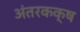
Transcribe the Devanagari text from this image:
अंतरकक्ष